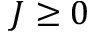
J \geq 0